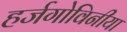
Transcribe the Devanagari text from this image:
हर्जगोविनीया